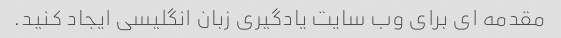
مقدمه ای برای وب سایت یادگیری زبان انگلیسی ایجاد کنید.